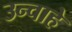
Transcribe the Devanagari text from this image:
उन्चाहे